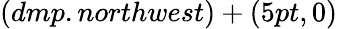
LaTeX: (dmp.northwest)+(5pt,0)